Vaccine operations Central Provinces 1900-1911 - 1900-1911
Year: 1900
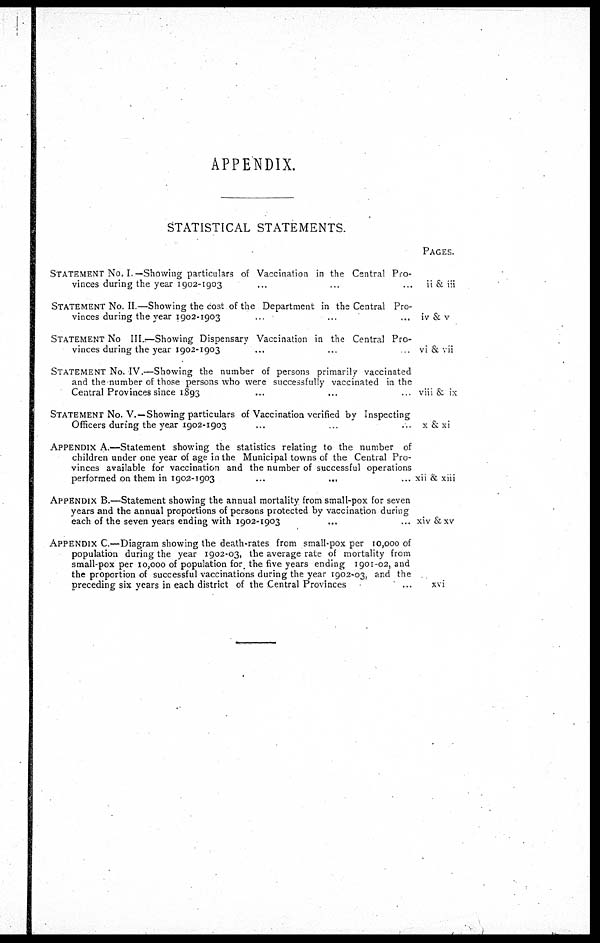
APPENDIX.
STATISTICAL STATEMENTS.
STATEMENT NO, I. —Showing particulars of Vaccination in the Central Pro-
vinces during the year 1902-1903 ... ... ...
STATEMENT NO. II.—Showing the cost of the Department in the Central Pro-
vinces during the year 1902-1903 ... ... ...
STATEMENT NO III.—Showing Dispensary Vaccination in the Central Pro-
vinces during the year 1902-1903 ... ...
STATEMENT NO. IV.—Showing the number of persons primarily vaccinated
and the number of those persons who were successfully vaccinated in the
Central Provinces since 1893 ... ... ...
STATEMENT NO. V.—Showing particulars of Vaccination verified by Inspecting
Officers during the year 1902-1903 ... ... ...
APPENDIX A.—Statement showing the statistics relating to the number of
children under one year of age in the Municipal towns of the Central Pro-
vinces available for vaccination and the number of successful operations
performed on them in 1902-1903
...
...
...
APPENDIX B.—Statement showing the annual mortality from small-pox for seven
years and the annual proportions of persons protected by vaccination during
each of the seven years ending with 1902-1903 ... ...
APPENDIX C.—Diagram showing the death-rates from small-pox per 10,000 of
population during the year 1902-03, the average rate of mortality from
small-pox per 10,000 of population for. the five years ending 1901-02, and
the proportion of successful vaccinations during the year 1902-03, and the
preceding six years in each district of the Central Provinces ...
PAGES.
ii & iii
iv & v
vi & vii
viii & ix
x & xi
xii & xiii
xiv & xv
xvi